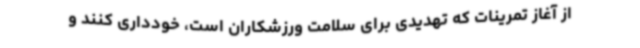
از آغاز تمرینات که تهدیدی برای سلامت ورزشکاران است، خودداری کنند و